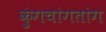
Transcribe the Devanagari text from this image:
कुंगचांगतांग